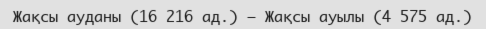
Жақсы ауданы (16 216 ад.) – Жақсы ауылы (4 575 ад.)